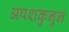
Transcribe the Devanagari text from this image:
अपशकुनुन